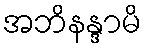
အဘိနန္ဒာမိ